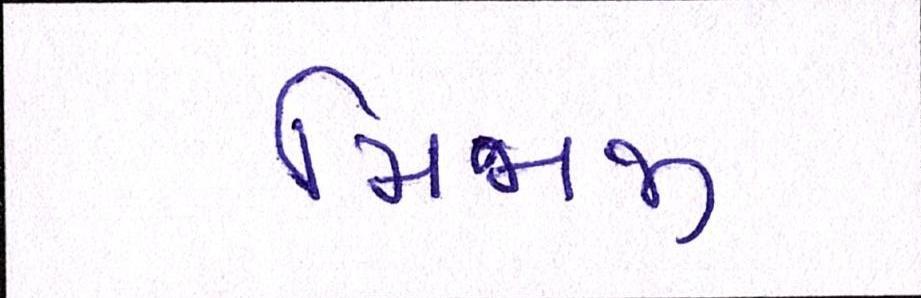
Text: મિજાજી